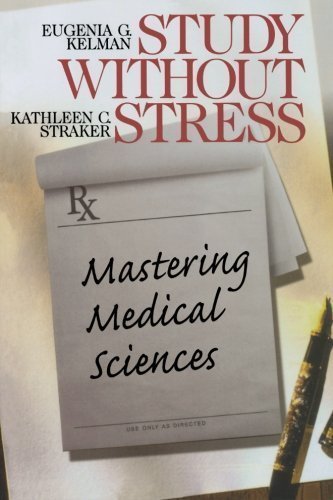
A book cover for Study Without Stress: Mastering Medical Sciences (Surviving Medical School Series) 1st (first) Edition by Kelman, Eugenia G., Straker, Kathleen C. published by SAGE Publications, Inc (1999); Education & Teaching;